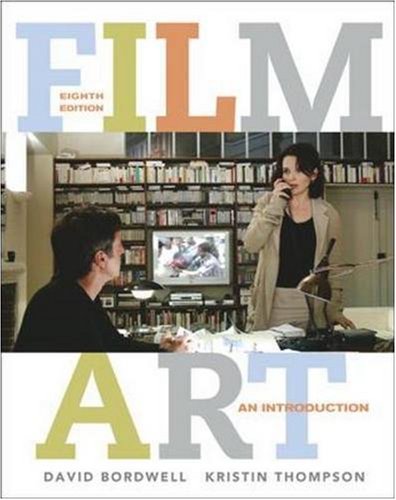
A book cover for Film Art: An Introduction with Tutorial CD-ROM; David Bordwell; Humor & Entertainment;